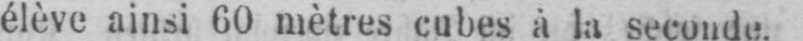
élève ainsi 60 mètres cubes à la seconde.